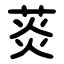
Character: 菼